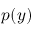
p ( y )